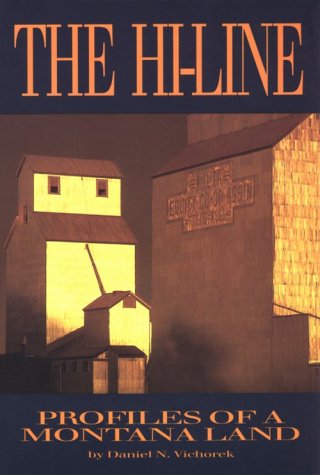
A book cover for Montanas Hi-Line; Daniel N. Vichorek; Travel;